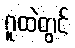
ဂူထဲတွင်